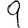
Digit: 9